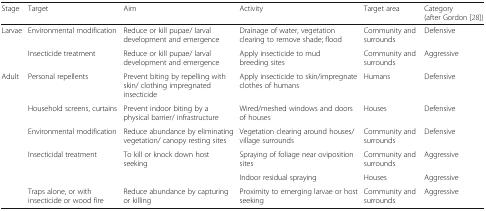
<table><thead><tr><td><b>Stage</b></td><td><b>Target</b></td><td><b>Aim</b></td><td><b>Activity</b></td><td><b>Target area</b></td><td><b>Category (after Gordon [28])</b></td></tr></thead><tbody><tr><td rowspan="2">Larvae</td><td>Environmental modification</td><td>Reduce or kill pupae/ larval development and emergence</td><td>Drainage of water, vegetation clearing to remove shade; flood</td><td>Community and surrounds</td><td>Defensive</td></tr><tr><td>Insecticide treatment</td><td>Reduce or kill pupae/ larval development and emergence</td><td>Apply insecticide to mud breeding sites</td><td>Community and surrounds</td><td>Aggressive</td></tr><tr><td rowspan="6">Adult</td><td>Personal repellents</td><td>Prevent biting by repelling with skin/ clothing impregnated insecticide</td><td>Apply insecticide to skin/impregnate clothes of humans</td><td>Humans</td><td>Defensive</td></tr><tr><td>Household screens, curtains</td><td>Prevent indoor biting by a physical barrier/ infrastructure</td><td>Wired/meshed windows and doors of houses</td><td>Houses</td><td>Defensive</td></tr><tr><td>Environmental modification</td><td>Reduce abundance by eliminating vegetation/ canopy resting sites</td><td>Vegetation clearing around houses/village surrounds</td><td>Community and surrounds</td><td>Defensive</td></tr><tr><td rowspan="2">Insecticidal treatment</td><td rowspan="2">To kill or knock down host seeking</td><td>Spraying of foliage near oviposition sites</td><td>Community and surrounds</td><td>Aggressive</td></tr><tr><td>Indoor residual spraying</td><td>Houses</td><td>Aggressive</td></tr><tr><td>Traps alone, or with insecticide or wood fire</td><td>Reduce abundance by capturing or killing</td><td>Proximity to emerging larvae or host seeking</td><td>Community and surrounds</td><td>Aggressive</td></tr></tbody></table>